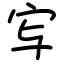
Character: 㝍